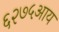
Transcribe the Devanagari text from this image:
६२७५आय